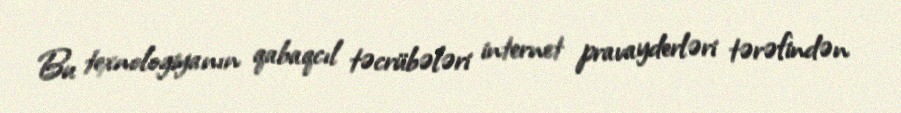
Bu texnologiyanın qabaqcıl təcrübələri internet pravayderləri tərəfindən